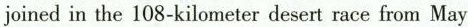
joined in the 108-kilometer desert race from May